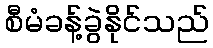
စီမံခန့်ခွဲနိုင်သည်